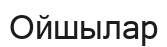
Ойшылар